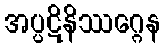
အပ္ပဋိနိဿဂ္ဂေန